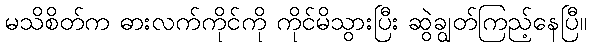
မသိစိတ်က ဓားလက်ကိုင်ကို ကိုင်မိသွားပြီး ဆွဲချွတ်ကြည့်နေပြီ။